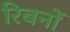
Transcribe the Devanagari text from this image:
रिबनों